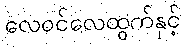
လေဝင်လေထွက်နှင့်